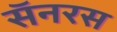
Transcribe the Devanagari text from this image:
सॅनरस